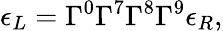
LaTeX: \epsilon_{L}=\Gamma^{0}\Gamma^{7}\Gamma^{8}\Gamma^{9}\epsilon_{R},